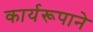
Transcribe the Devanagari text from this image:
कार्यरूपाने